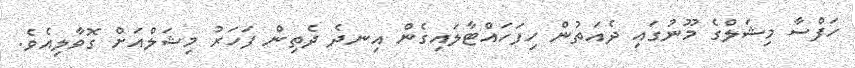
ހަފްސާ މިޝަލްގެ މޫނުގައި ދެއަތުން ހިފަހައްޓާލައިގެން އިނދެ ދެތިން ފަހަރު މިޝަލްއަށް ގޮވާލިއެވެ.